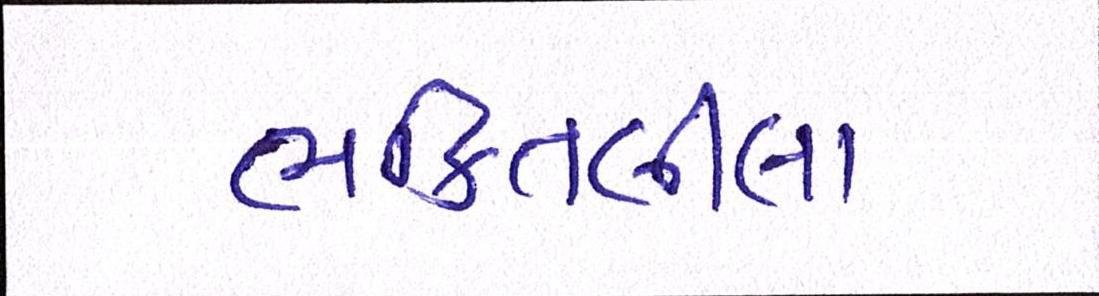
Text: ભક્તિલીલા